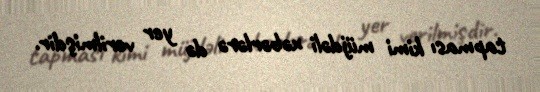
tapması kimi müjdəli xəbərlərə də yer verilmişdir.